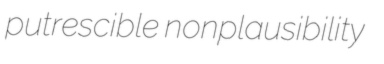
putrescible nonplausibility